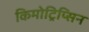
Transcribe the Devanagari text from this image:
किमोट्रिप्सिन